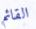
القائم